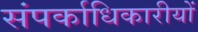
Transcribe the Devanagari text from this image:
संपर्काधिकारीयों